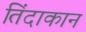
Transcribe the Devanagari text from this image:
तिंदाकान